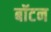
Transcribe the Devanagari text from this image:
बॉटन